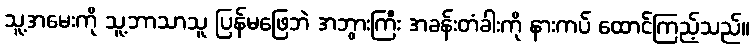
သူ့အမေးကို သူ့ဘာသာသူ ပြန်မဖြေဘဲ အဘွားကြီး အခန်းတံခါးကို နားကပ် ထောင်ကြည့်သည်။